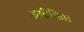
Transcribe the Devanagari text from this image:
असीमित।